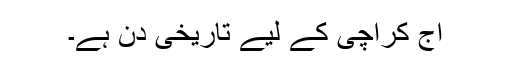
آج کراچی کے لیے تاریخی دن ہے۔